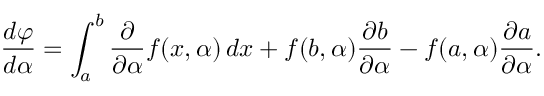
{ \frac { d \varphi } { d \alpha } } = \int _ { a } ^ { b } { \frac { \partial } { \partial \alpha } } f ( x , \alpha ) \, d x + f ( b , \alpha ) { \frac { \partial b } { \partial \alpha } } - f ( a , \alpha ) { \frac { \partial a } { \partial \alpha } } .